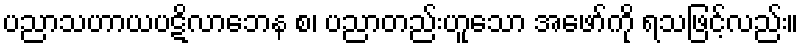
ပညာသဟာယပဋိလာဘေန စ၊ ပညာတည်းဟူသော အဖော်ကို ရသဖြင့်လည်း။